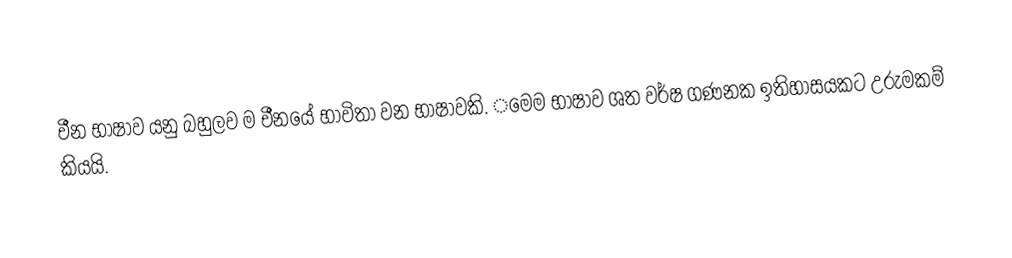
චීන භාෂාව යනු බහුලව ම චීනයේ භාවිතා වන භාෂාවකි. ‌‌මෙම භාෂාව ශත වර්ෂ ගණනක ඉතිහාසයකට උරුමකම් කියයි.